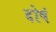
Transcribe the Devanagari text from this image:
दोषं